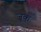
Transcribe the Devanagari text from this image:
ज़ूक